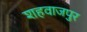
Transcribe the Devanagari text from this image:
शहवाजपुर